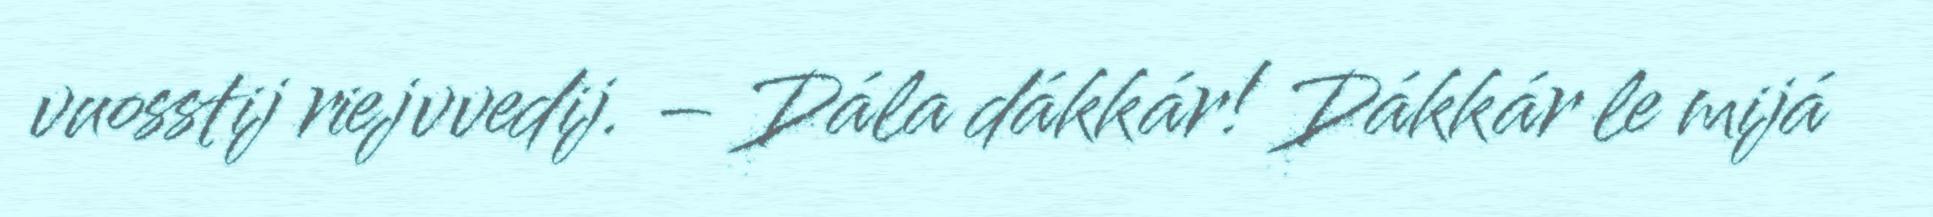
vuosstij riejvvedij. – Dála dákkár! Dákkár le mijá